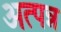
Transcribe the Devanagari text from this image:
अत्पन्न